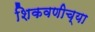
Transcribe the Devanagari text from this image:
शिकवणीच्या